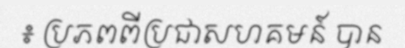
៖ ប្រភពពីប្រជាសហគមន៍ បាន